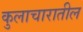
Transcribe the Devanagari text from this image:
कुलाचारातील